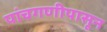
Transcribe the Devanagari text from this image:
पांचगणीपासून